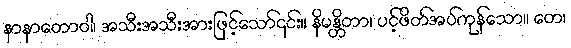
နာနာတောဝါ၊ အသီးအသီးအားဖြင့်သော်၎င်း။ နိမန္တိတာ၊ ပင့်ဖိတ်အပ်ကုန်သော။ တေ၊